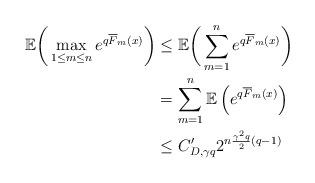
LaTeX: \begin{align*}\mathbb{E}\bigg(\max_{1\le m \le n} e^{q\overline{F}_m(x)}\bigg) &\le \mathbb{E}\bigg(\sum_{m=1}^n e^{q\overline{F}_m(x)}\bigg)\\&= \sum_{m=1}^n \mathbb{E}\left(e^{q\overline{F}_m(x)}\right)\\&\leq C_{D,\gamma q}' 2^{n\frac{\gamma^2q}{2}(q-1)} \end{align*}